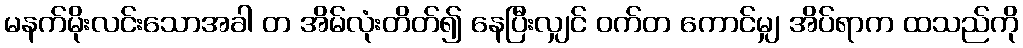
မနက်မိုးလင်းသောအခါ တ အိမ်လုံးတိတ်၍ နေပြီးလျှင် ဝက်တ ကောင်မျှ အိပ်ရာက ထသည်ကို